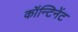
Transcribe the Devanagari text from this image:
कॉन्टिनेंट